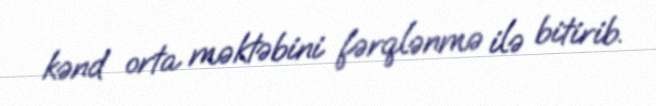
kənd orta məktəbini fərqlənmə ilə bitirib.